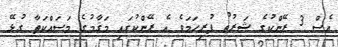
އެސް 3 ރޭންކުގެ ޝަރުޠު ފުރިހަމަވެ އެ ރޭންކުގައި މަޤާމުގެ މަސައްކަތާ ގުޅޭ